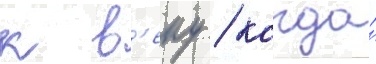
к в'еку / когда́